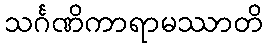
သင်္ဂဏိကာရာမဿာတိ